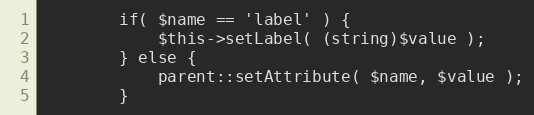
Language: PHP
        if( $name == 'label' ) {
            $this->setLabel( (string)$value );
        } else {
            parent::setAttribute( $name, $value );
        }